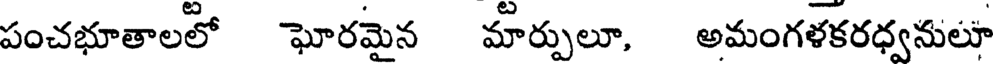
పంచభూతాలలో ఘోరమైన మార్పులూ, అమంగళకరధ్వనులూ